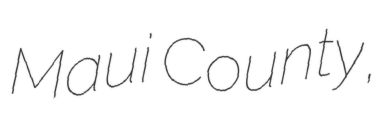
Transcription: Maui County,